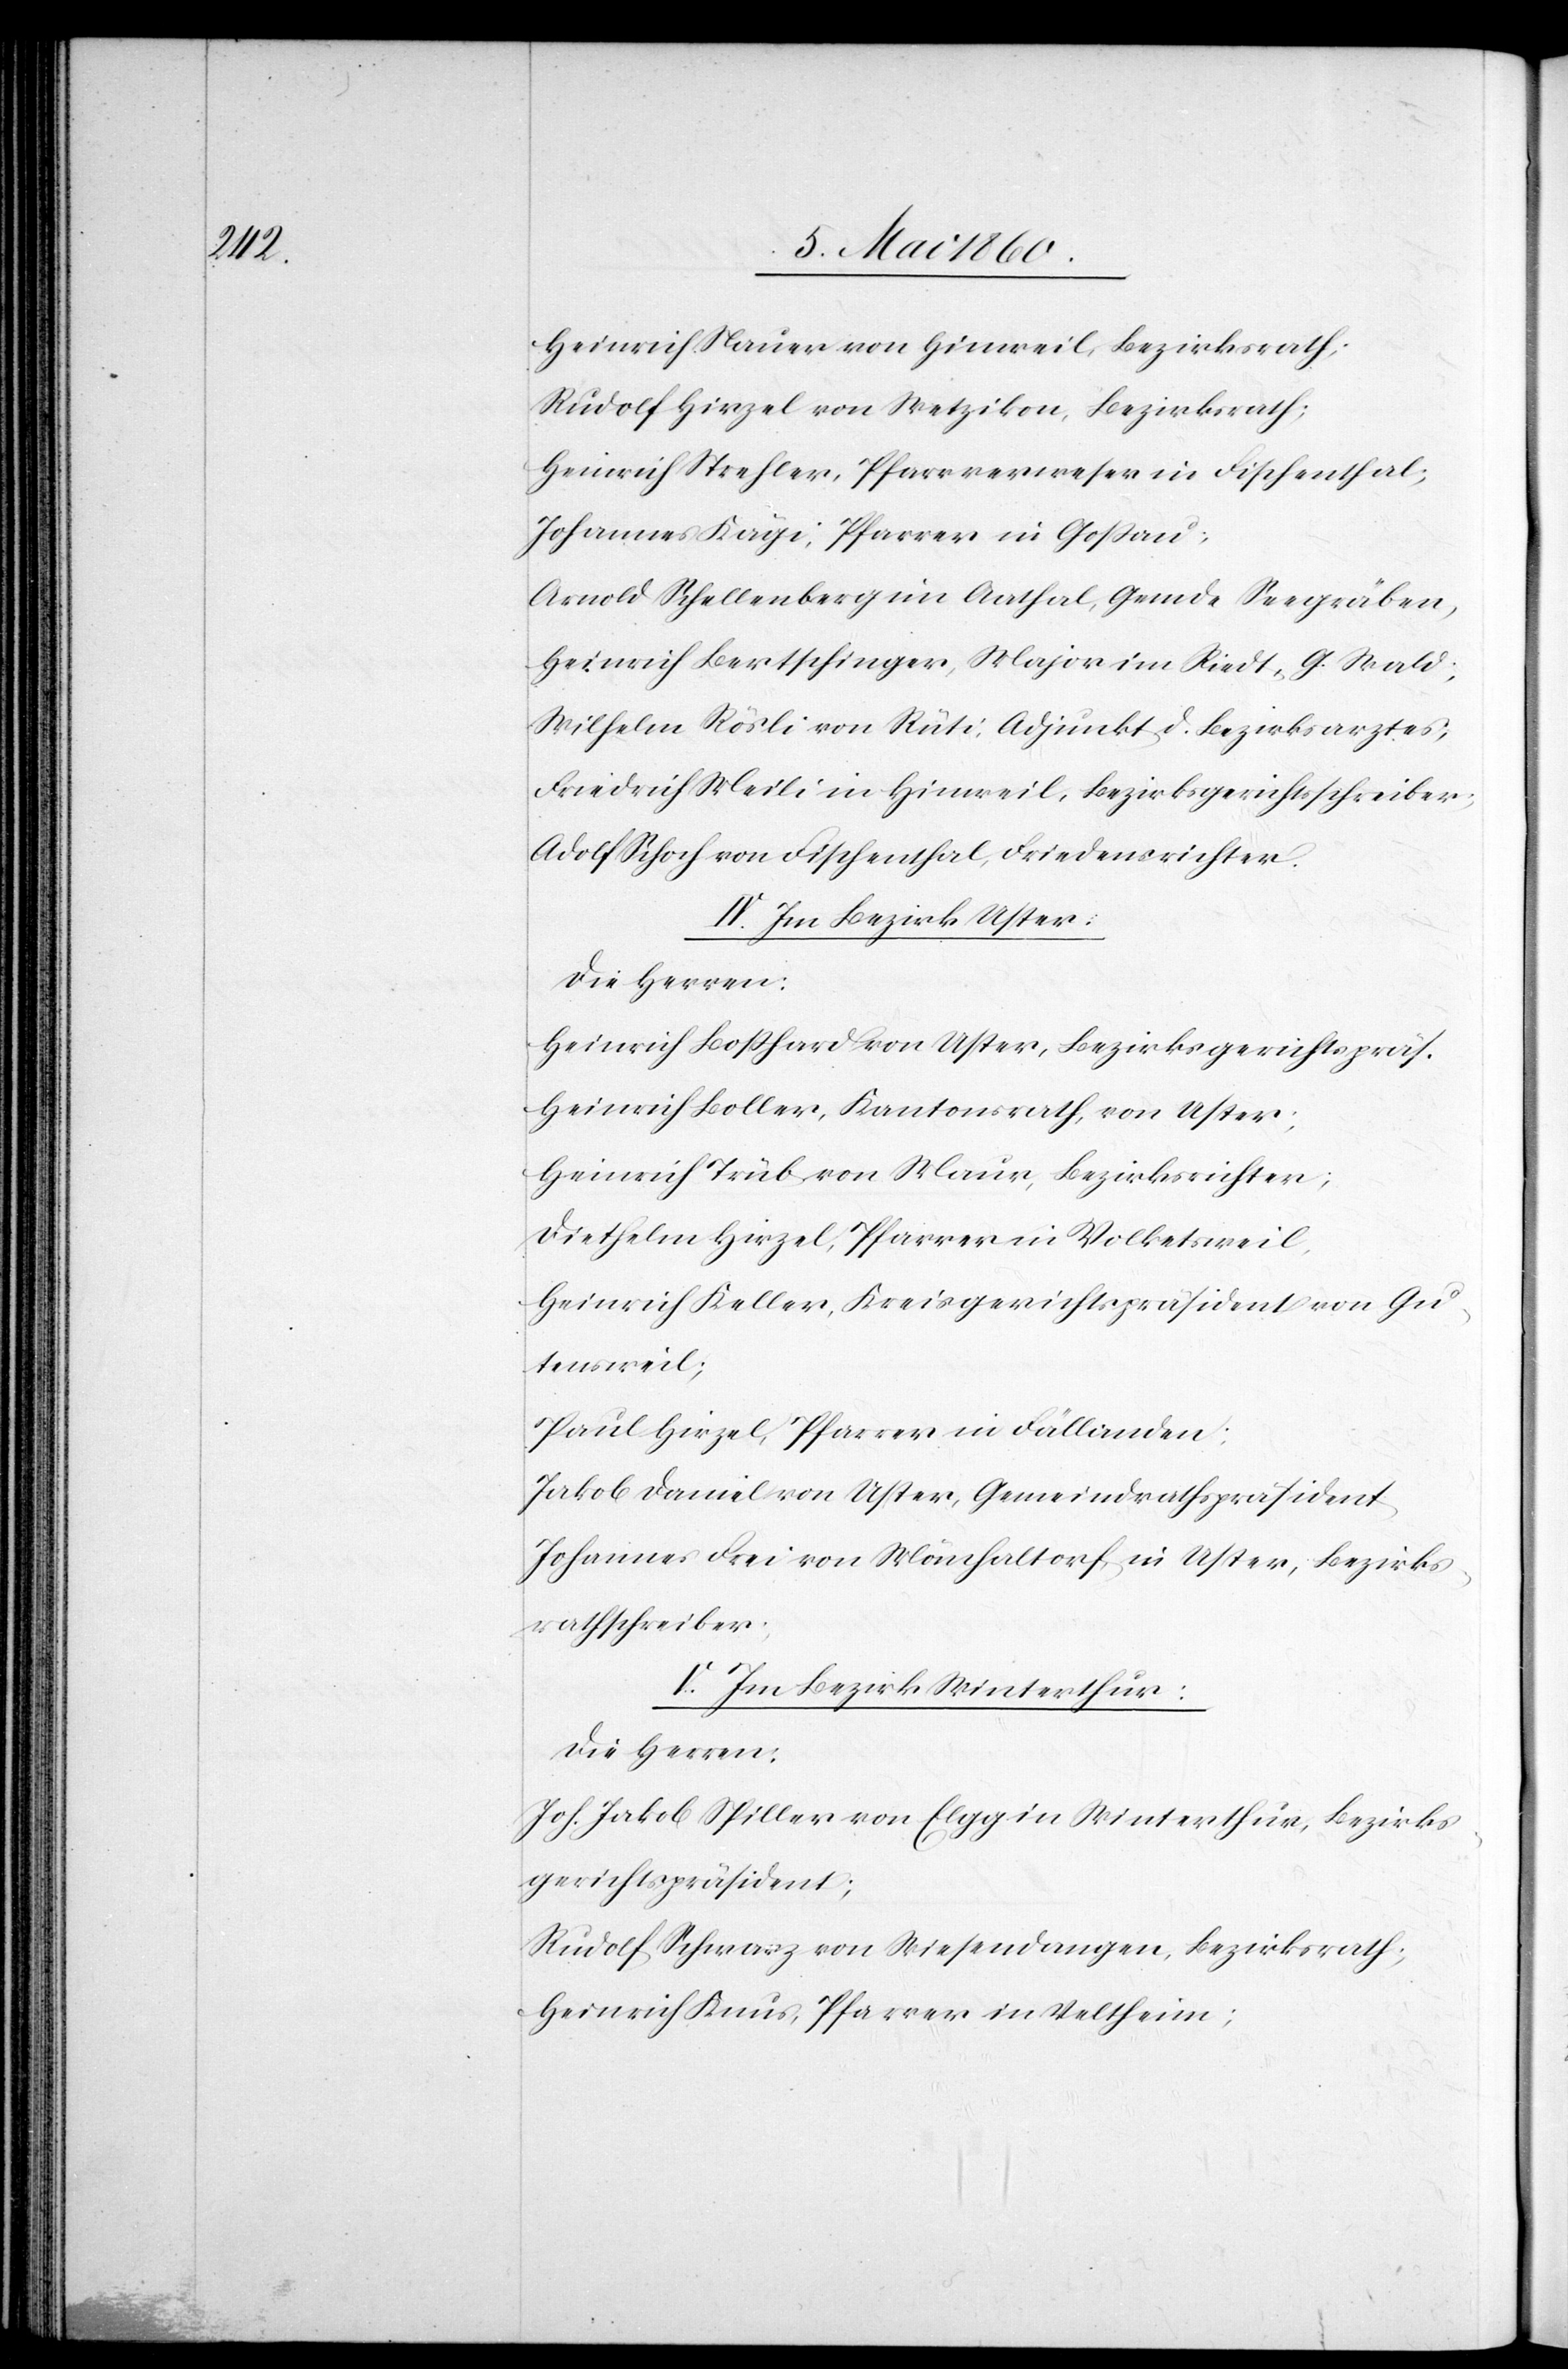
Heinrich Nauer von Hinweil, Bezirksrath;
Rudolf Hirzel von Wetzikon, Bezirksrath;
Heinrich Strehler, Pfarrverweser in Fischenthal;
Johannes Kägi, Pfarrer in Gossau,
Arnold Schellenberg im Aathal, Gemde Seegräben,
Heinrich Bertschinger, Major im Riedt, G. Wald;
Wilhelm Rösli von Rüti, Adjunkt d. Bezirksarztes;
Friedrich Meili in Hinweil, Bezirksgerichtsschreiber;
Adolf Schoch von Fischenthal, Friedensrichter.
IV. Im Bezirk Uster.
Die Herren:
Heinrich Bosshard von Uster, Bezirksgerichtspräs.
Heinrich Boller, Kantonsrath, von Uster;
Heinrich Trüb, von Maur, Bezirksrichter;
Diethelm Hirzel, Pfarrer in Volketsweil,
Heinrich Keller, Kreisgerichtspräsident von Gu¬
tensweil;
Paul Hirzel, Pfarrer in Fällanden;
Jakob Daniel von Uster, Gemeindrathspräsident
Johannes Frei von Mönchaltorf, in Uster, Bezirks¬
rathschreiber.
V. Im Bezirk Winterthur.
Die Herren:
Joh. Jakob Spiller von Elgg in Winterthur, Bezirks¬
gerichtspräsident;
Rudolf Schwarz von Wiesendangen, Bezirksrath;
Heinrich Knus, Pfarrer in Veltheim;